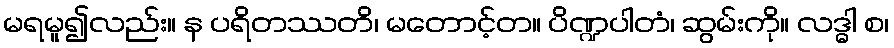
မရမူ၍လည်း။ န ပရိတဿတိ၊ မတောင့်တ။ ပိဏ္ဍပါတံ၊ ဆွမ်းကို။ လဒ္ဓါ စ၊